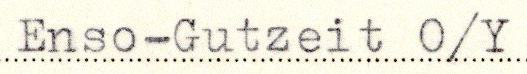
Enso-Gutzeit O/Y